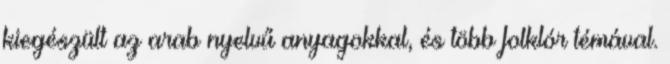
kiegészült az arab nyelvű anyagokkal, és több folklór témával.